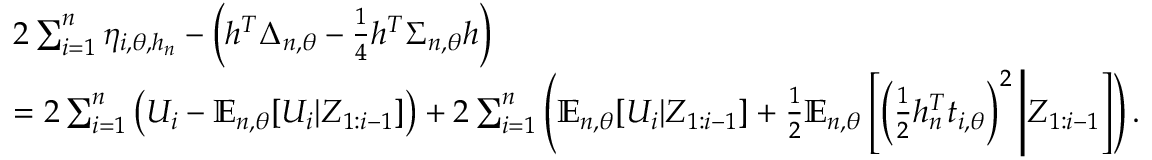
\begin{array} { r l } & { 2 \sum _ { i = 1 } ^ { n } \eta _ { i , \theta , h _ { n } } - \left( h ^ { T } \Delta _ { n , \theta } - \frac 1 4 h ^ { T } \Sigma _ { n , \theta } h \right) } \\ & { = 2 \sum _ { i = 1 } ^ { n } \left( U _ { i } - { \mathbb E } _ { n , \theta } [ U _ { i } | Z _ { 1 : i - 1 } ] \right) + 2 \sum _ { i = 1 } ^ { n } \left( { \mathbb E } _ { n , \theta } [ U _ { i } | Z _ { 1 : i - 1 } ] + \frac 1 2 { \mathbb E } _ { n , \theta } \left[ \left( \frac 1 2 h _ { n } ^ { T } t _ { i , \theta } \right) ^ { 2 } \Bigg | Z _ { 1 : i - 1 } \right] \right) . } \end{array}